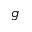
g